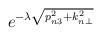
LaTeX: \begin{align*}e^{- \lambda \sqrt{p_{n3}^{2} + k_{n \bot}^{2}}}\end{align*}